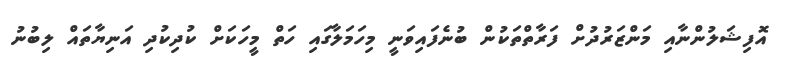
އޮފިޝަލުންނާއި މަންޒަރުދުށް ފަރާތްތަކުން ބުނެފައިވަނީ މިހަމަލާގައި ހަތް މީހަކަށް ކުދިކުދި އަނިޔާތައް ލިބުނު